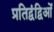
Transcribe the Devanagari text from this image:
प्रतिद्वंद्विओं